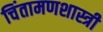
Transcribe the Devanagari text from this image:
चिंतामणशास्त्री